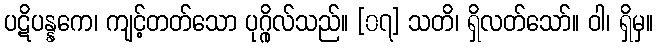
ပဋိပန္နကေ၊ ကျင့်တတ်သော ပုဂ္ဂိုလ်သည်။ [၀၇] သတိ၊ ရှိလတ်သော်။ ဝါ၊ ရှိမှ။